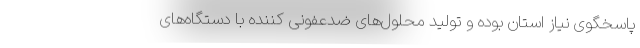
پاسخگوی نیاز استان بوده و تولید محلول‌های ضدعفونی کننده با دستگاه‌های